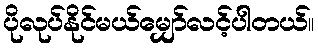
ပိုလုပ်နိုင်မယ်မျှော်လင့်ပါတယ်။